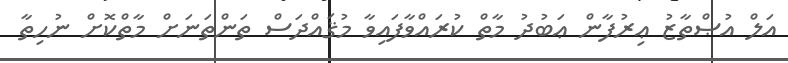
އަލް އުޞްތާޒު ޢިރުފާން ޢަބުދު މާތް ކުރައްވާފައިވާ މުޤައްދަސް ތަންތަނަށް މާތްކޮށް ނުހިތާ